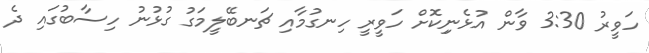
ހަވީރު 3:30 ވާން އުޅެނިިކޮށް ހަވީރީ ހިނގުމާއި ޗަނބޭލީމަގު ގުޅުނު ހިސާބުގައި ދެ